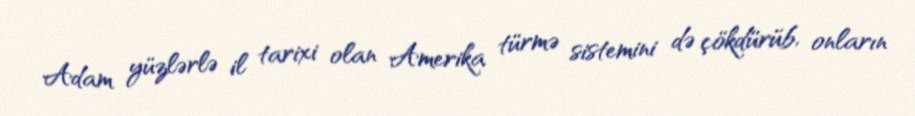
Adam yüzlərlə il tarixi olan Amerika türmə sistemini də çökdürüb, onların